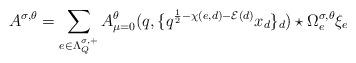
LaTeX: \begin{align*}A^{\sigma, \theta } = \sum_{e \in \Lambda_Q^{\sigma, +}} A_{\mu=0}^{\theta } (q, \{ q^{\frac{1}{2} - \chi(e,d) - \mathcal{E}(d) } x_d\}_{d} ) \star \Omega_{e}^{\sigma, \theta} \xi_{e}\end{align*}